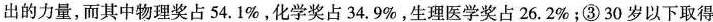
出的力量，而其中物理奖占54.1\%，化学奖占34.9\%，生理医学奖占26.2\%；③30岁以下取得